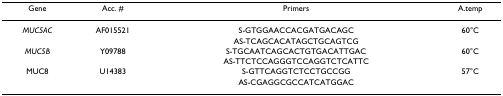
<table><thead><tr><td><b>Gene</b></td><td><b>Acc. #</b></td><td><b>Primers</b></td><td><b>A.temp</b></td></tr></thead><tbody><tr><td><i>MUC5AC</i></td><td>AF015521</td><td>S-GTGGAACCACGATGACAGC</td><td>60°C</td></tr><tr><td></td><td></td><td>AS-TCAGCACATAGCTGCAGTCG</td><td></td></tr><tr><td><i>MUC5B</i></td><td>Y09788</td><td>S-TGCAATCAGCACTGTGACATTGAC</td><td>60°C</td></tr><tr><td></td><td></td><td>AS-TTCTCCAGGGTCCAGGTCTCATTC</td><td></td></tr><tr><td>MUC8</td><td>U14383</td><td>S-GTTCAGGTCTCCTGCCGG</td><td>57°C</td></tr><tr><td></td><td></td><td>AS-CGAGGCGCCATCATGGAC</td><td></td></tr></tbody></table>